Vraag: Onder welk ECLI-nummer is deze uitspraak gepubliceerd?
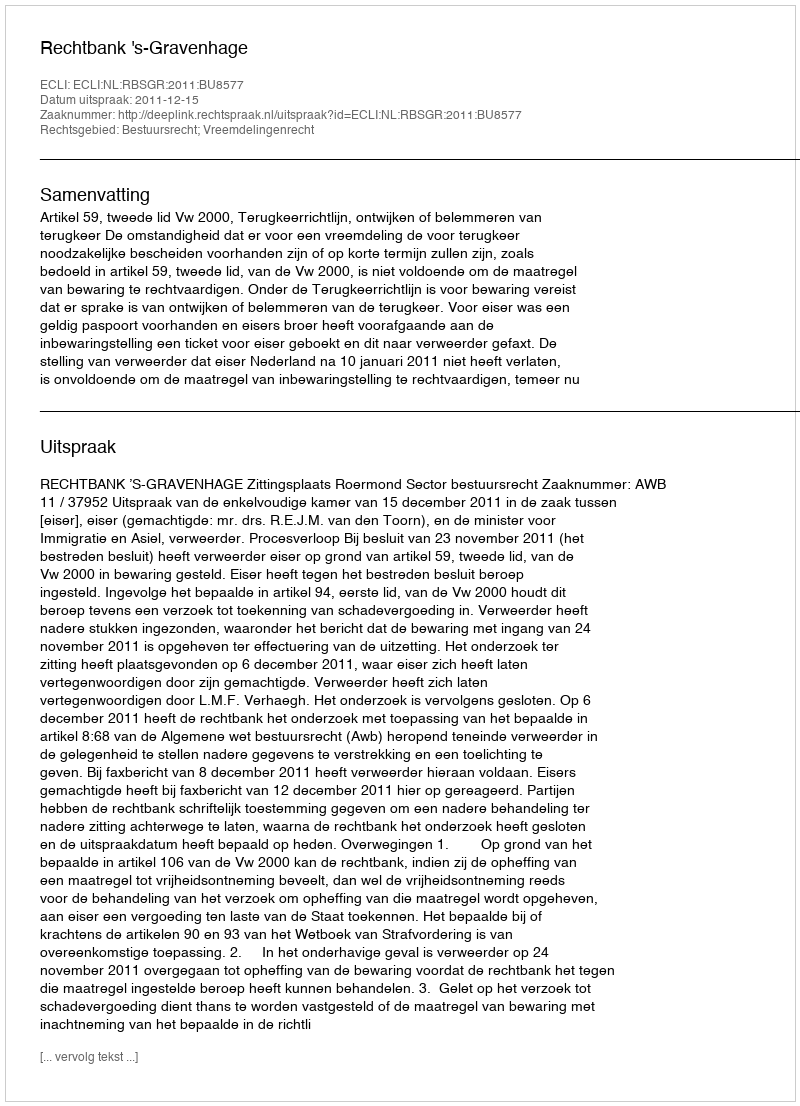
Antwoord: ECLI:NL:RBSGR:2011:BU8577